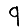
Digit: 9